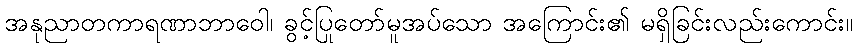
အနုညာတကာရဏာဘာဝေါ၊ ခွင့်ပြုတော်မူအပ်သော အကြောင်း၏ မရှိခြင်းလည်းကောင်း။